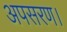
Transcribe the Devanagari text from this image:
अपसरण।